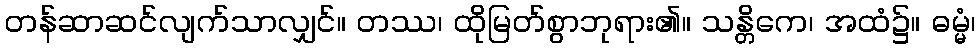
တန်ဆာဆင်လျက်သာလျှင်။ တဿ၊ ထိုမြတ်စွာဘုရား၏။ သန္တိကေ၊ အထံ၌။ ဓမ္မံ၊